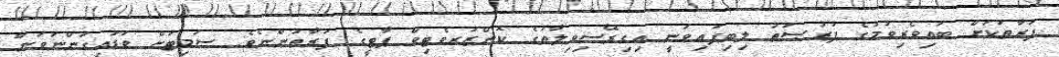
ފަރާތަކަށް ބައިވެރިވުމުގެ ފުރުޞަތު ލިބިފައިވަނީ އިގިރޭސިވިލާތުގެ ކޮންޒަރވެޓިވް ޕާޓީގެ ފަރާތުންނެވެ. ސަމިޓަށް ވަޑައިގަންނަވަން